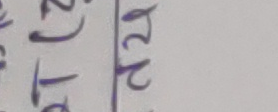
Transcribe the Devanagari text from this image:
२२